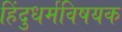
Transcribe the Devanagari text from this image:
हिंदुधर्मविषयक